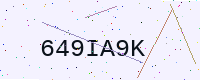
Text: 649IA9K